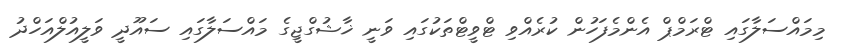
މިމައްސަލާގައި ޓްރަމްޕް އެންމެފަހުން ކުރެއްވި ޓްވީޓްތަކުގައި ވަނީ ޚާޝުގްޖީގެ މައްސަލާގައި ސައޫދީ ވަލީއުލްއަހްދު